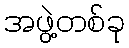
အဖွဲ့တစ်ခု